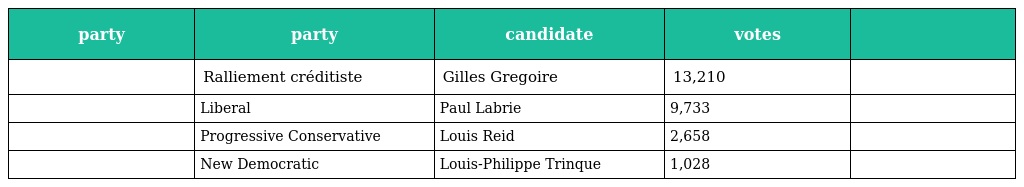
| party | party | candidate | votes |  |
 | --- | --- | --- | --- | --- |
 |  | Ralliement créditiste | Gilles Gregoire | 13,210 |  |
 |  | Liberal | Paul Labrie | 9,733 |  |
 |  | Progressive Conservative | Louis Reid | 2,658 |  |
 |  | New Democratic | Louis-Philippe Trinque | 1,028 |  |